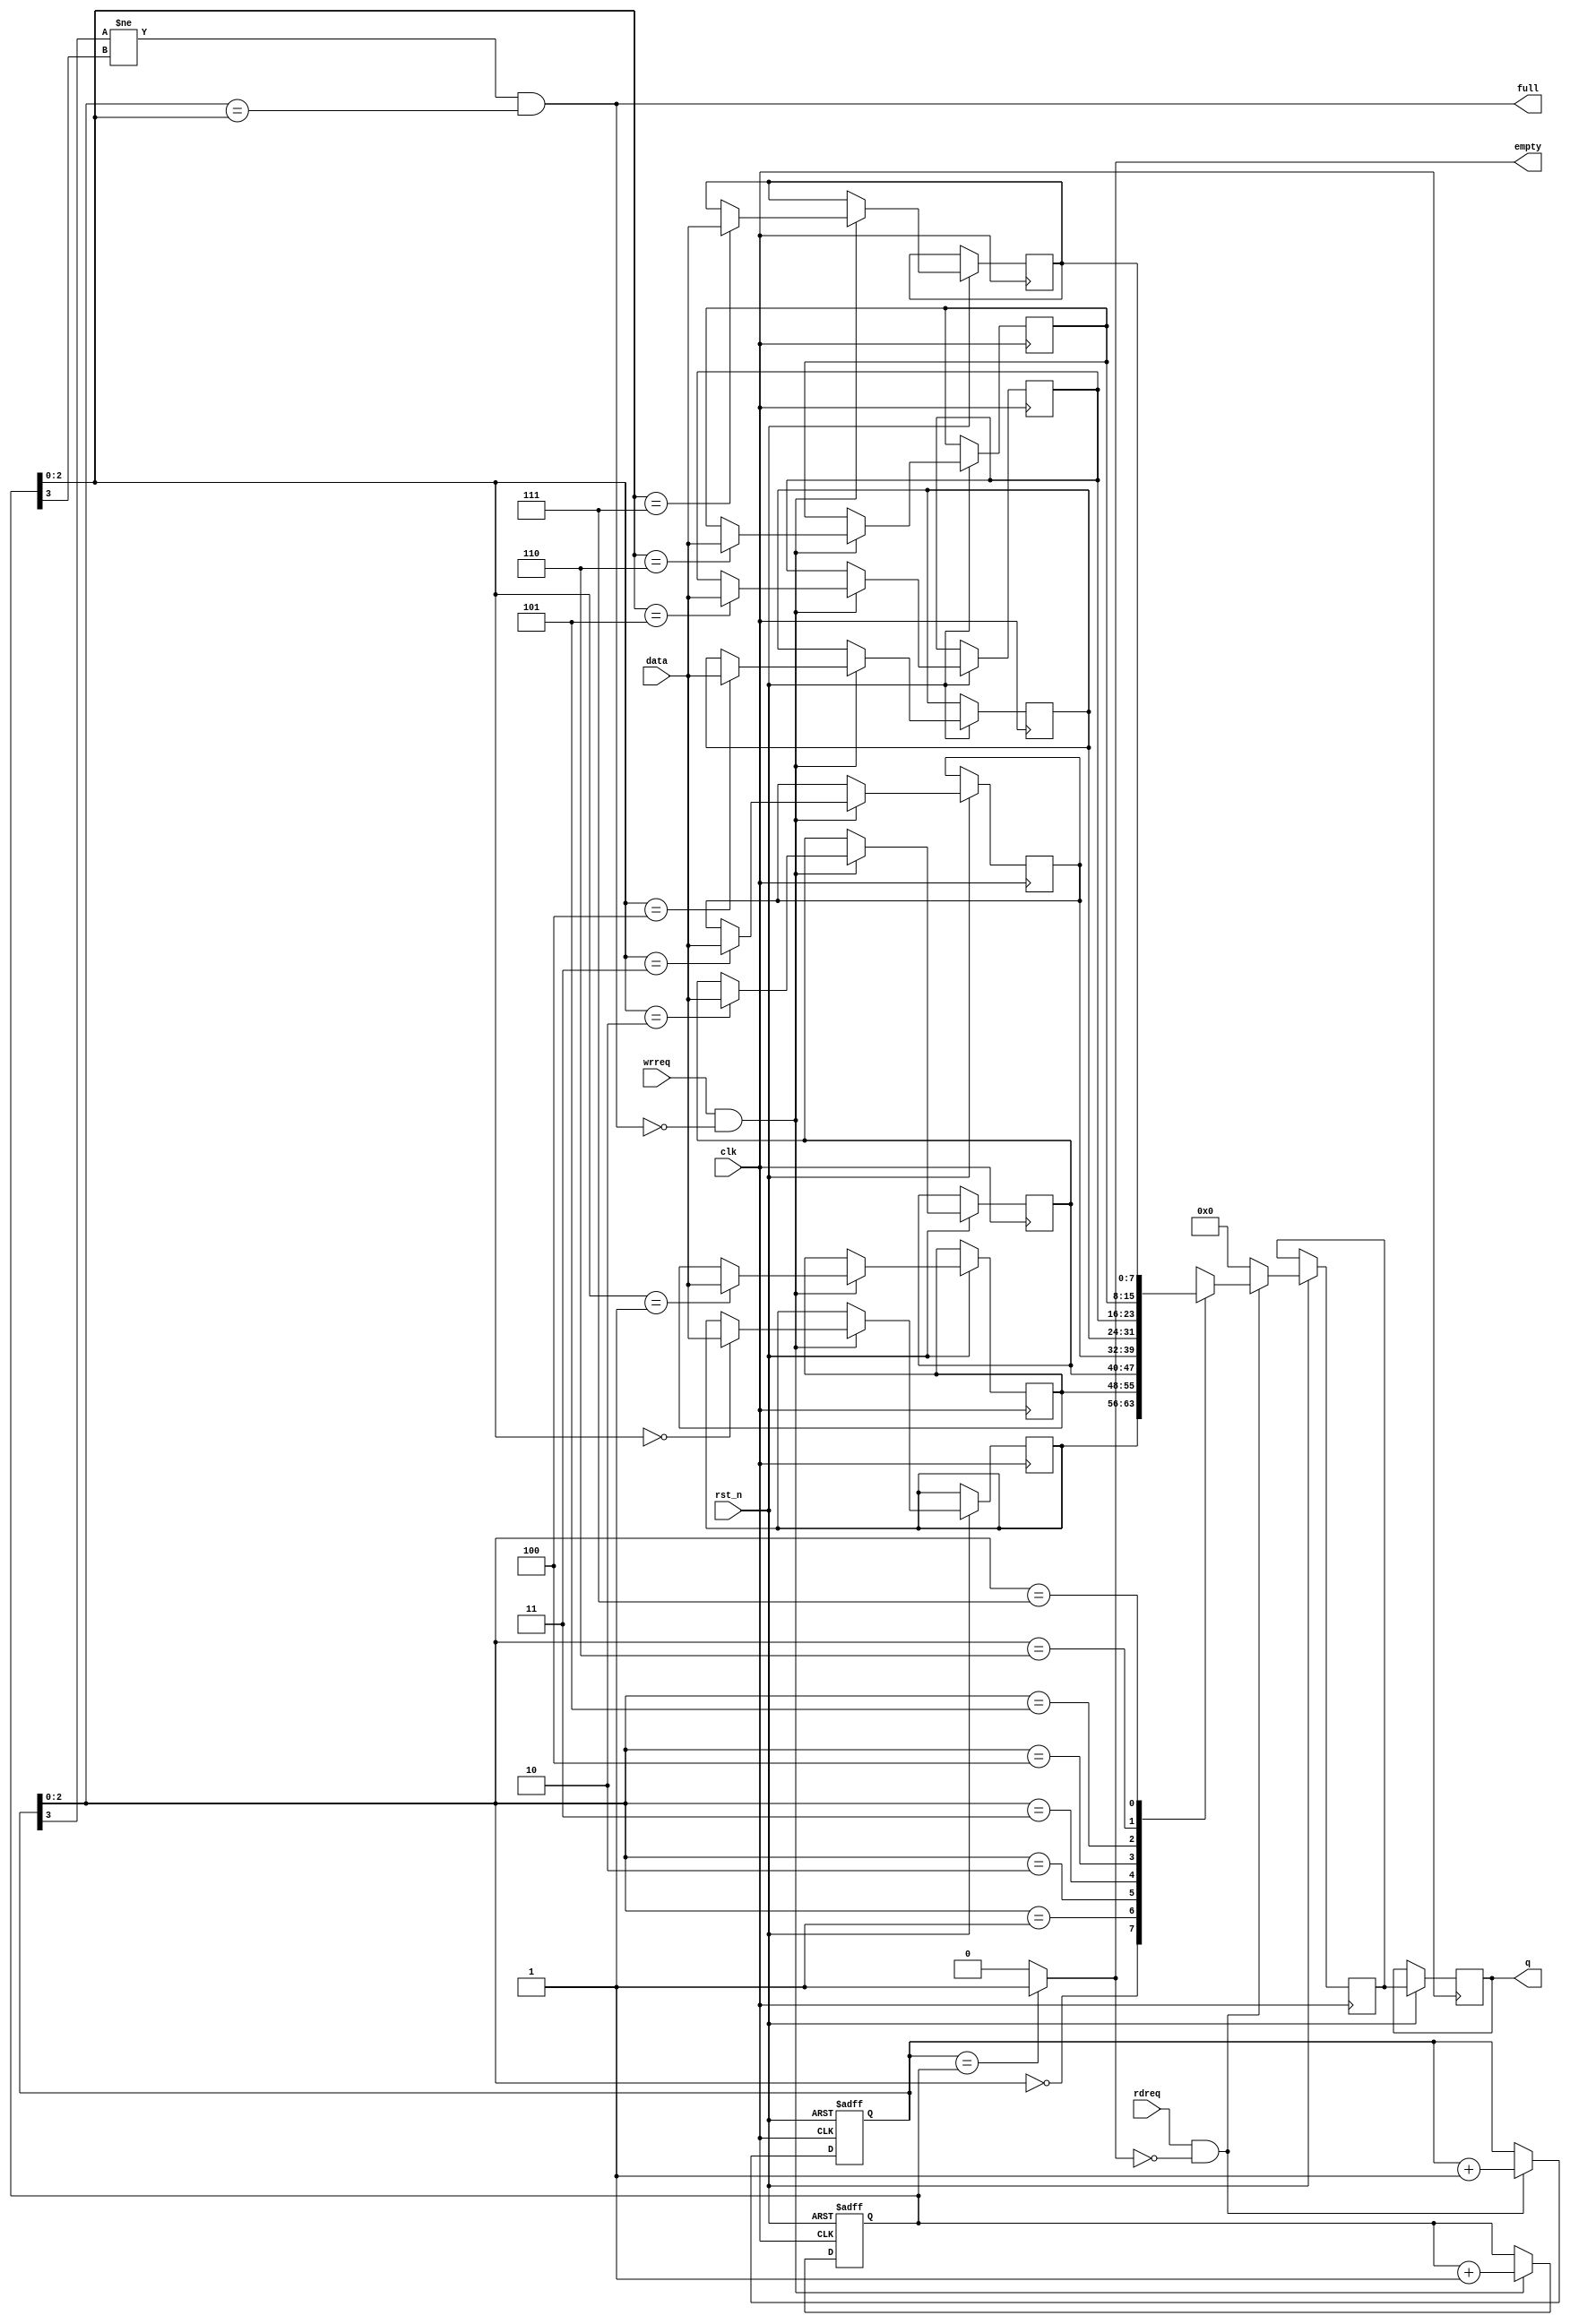
module scfifo #(
    parameter DATA_BITS = 8,
    parameter SIZE = 8 // size must be 2, 4, 8, 16, ...
)
(
    input clk,
    input rst_n,
    input rdreq,
    input wrreq,
    input [DATA_BITS-1:0] data,
    output reg [DATA_BITS-1:0] q,
    output full,
    output empty
);

    localparam DEPTH_BITS = $clog2(SIZE);

    reg [DATA_BITS-1:0] mem [SIZE];
    reg [DEPTH_BITS:0] rp;
    reg [DEPTH_BITS:0] wp;
    reg [DATA_BITS-1:0] q_cache;
    wire sig_empty;

    // write:
    always @ (posedge clk or negedge rst_n) begin
        if (! rst_n) begin
            wp <= 0;
        end else begin
            if (wrreq && !full) begin
                mem[wp[DEPTH_BITS-1:0]] <= data;
                wp <= wp + 1'b1;
            end
        end
    end

    // read:
    always @ (posedge clk or negedge rst_n) begin
        if (! rst_n) begin
            rp <= 0;
        end else begin
            if (rdreq && !empty) begin
                q_cache <= mem[rp[DEPTH_BITS-1:0]];
                rp <= rp + 1'b1;
            end else begin
                q_cache <= {DATA_BITS{1'b0}};
            end
            q <= q_cache;
        end
    end

    assign empty = (rp == wp) ? 1'b1 : 1'b0;
    assign full = rp[DEPTH_BITS] != wp[DEPTH_BITS] && (rp[DEPTH_BITS-1:0] == wp[DEPTH_BITS-1:0]);

endmodule